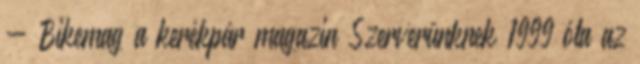
- Bikemag a kerékpár magazin Szerverünknek 1999 óta az